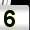
Digit: 5